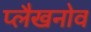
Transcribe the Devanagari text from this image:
प्लैखनोव